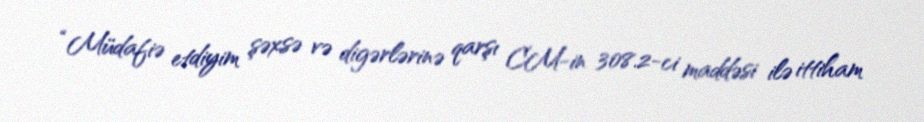
“Müdafiə etdiyim şəxsə və digərlərinə qarşı CM-in 308.2-ci maddəsi ilə ittiham